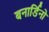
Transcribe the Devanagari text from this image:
बनार्डिनो